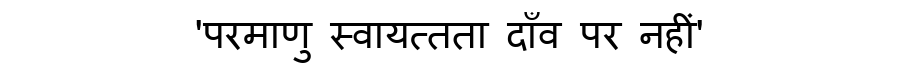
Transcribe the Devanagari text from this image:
'परमाणु स्वायत्तता दाँव पर नहीं'